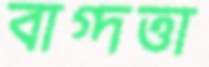
বাগ্দত্তা